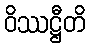
ဝိဿဋ္ဌီတိ